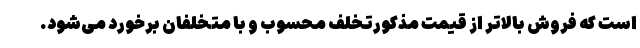
است که فروش بالاتر از قیمت مذکورتخلف محسوب و با متخلفان برخورد می‌شود.